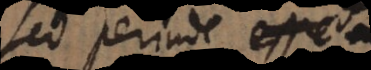
sed perinde fie